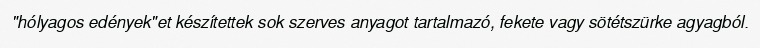
"hólyagos edények"et készítettek sok szerves anyagot tartalmazó, fekete vagy sötétszürke agyagból.